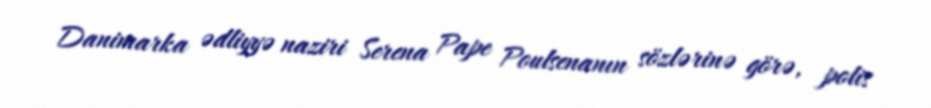
Danimarka ədliyyə naziri Serena Pape Poulsenanın sözlərinə görə, polis